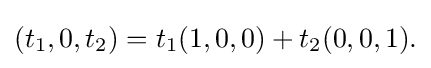
(t_{1},0,t_{2})=t_{1}(1,0,0)+t_{2}(0,0,1){\text{.}}